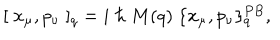
[ \; x _ { \mu } , p _ { \nu } \; ] _ { q } = i \; \hbar \; M ( q ) \; \{ x _ { \mu } , p _ { \nu } \} _ { q } ^ { P B } ,